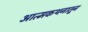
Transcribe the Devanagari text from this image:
आत्मकथनातून